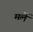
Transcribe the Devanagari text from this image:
मलें